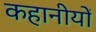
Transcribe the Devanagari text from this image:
कहानीयों